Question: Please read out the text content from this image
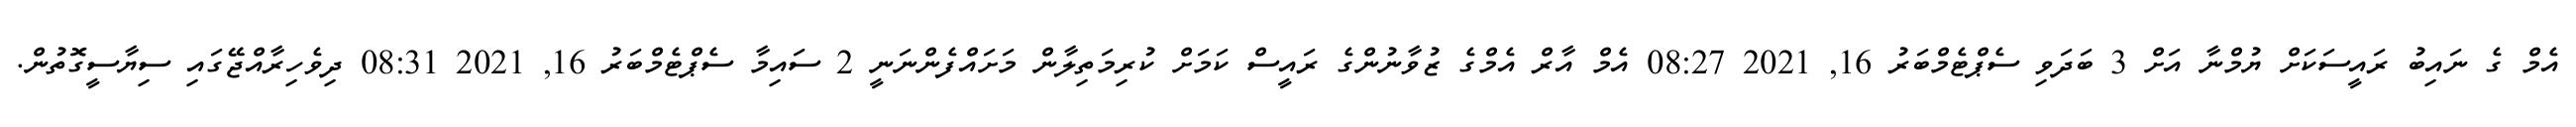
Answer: އެމް ގެ ނައިބު ރައީސަކަށް ޔުމްނާ އަށް 3 ބަދަވި ސެޕްޓެމްބަރު 16, 2021 08:27 އެމް އާރް އެމްގެ ޒުވާނުންގެ ރައީސް ކަމަށް ކުރިމަތިލާން މަށައްފެންނަނީ 2 ސައިމާ ސެޕްޓެމްބަރު 16, 2021 08:31 ދިވެހިރާއްޖޭގައި ސިޔާސީގޮތުން.